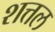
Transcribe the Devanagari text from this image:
शत्तल